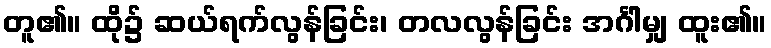
တူ၏။ ထို၌ ဆယ်ရက်လွန်ခြင်း၊ တလလွန်ခြင်း အင်္ဂါမျှ ထူး၏။